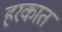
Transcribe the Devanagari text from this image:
हरकात